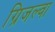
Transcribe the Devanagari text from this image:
ग्रिजल्वा